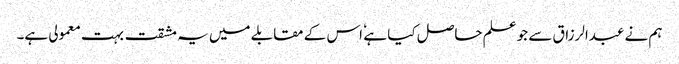
ہم نے عبدالرزاق سے جو علم حاصل کیا ہے ٗ اس کے مقابلے میں یہ مشقت بہت معمولی ہے۔